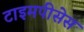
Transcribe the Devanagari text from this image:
टाइमपीसेस